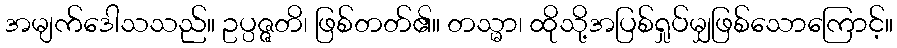
အမျက်ဒေါသသည်။ ဥပ္ပဇ္ဇတိ၊ ဖြစ်တတ်၏။ တသ္မာ၊ ထိုသို့အပြစ်ရှုပ်မျှဖြစ်သောကြောင့်။